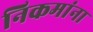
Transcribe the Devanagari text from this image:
निकमांना